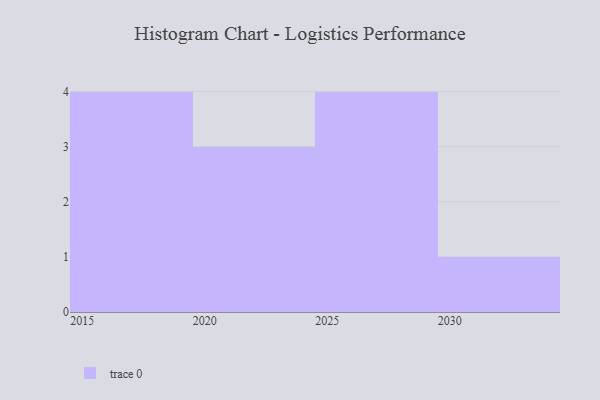
{"axis": {"x": "Year", "y": "Churn Rate (%)"}, "legend": [""], "data": [{"x": "2015", "y": 64, "type": ""}, {"x": "2025", "y": 66, "type": ""}, {"x": "2019", "y": 15, "type": ""}, {"x": "2016", "y": 70, "type": ""}, {"x": "2030", "y": 55, "type": ""}, {"x": "2026", "y": 3, "type": ""}, {"x": "2021", "y": 49, "type": ""}, {"x": "2029", "y": 85, "type": ""}, {"x": "2018", "y": 61, "type": ""}, {"x": "2020", "y": 49, "type": ""}, {"x": "2024", "y": 86, "type": ""}, {"x": "2028", "y": 61, "type": ""}]}